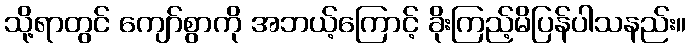
သို့ရာတွင် ကျော်စွာကို အဘယ့်ကြောင့် ခိုးကြည့်မိပြန်ပါသနည်း။